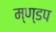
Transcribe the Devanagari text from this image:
म्ण्डप